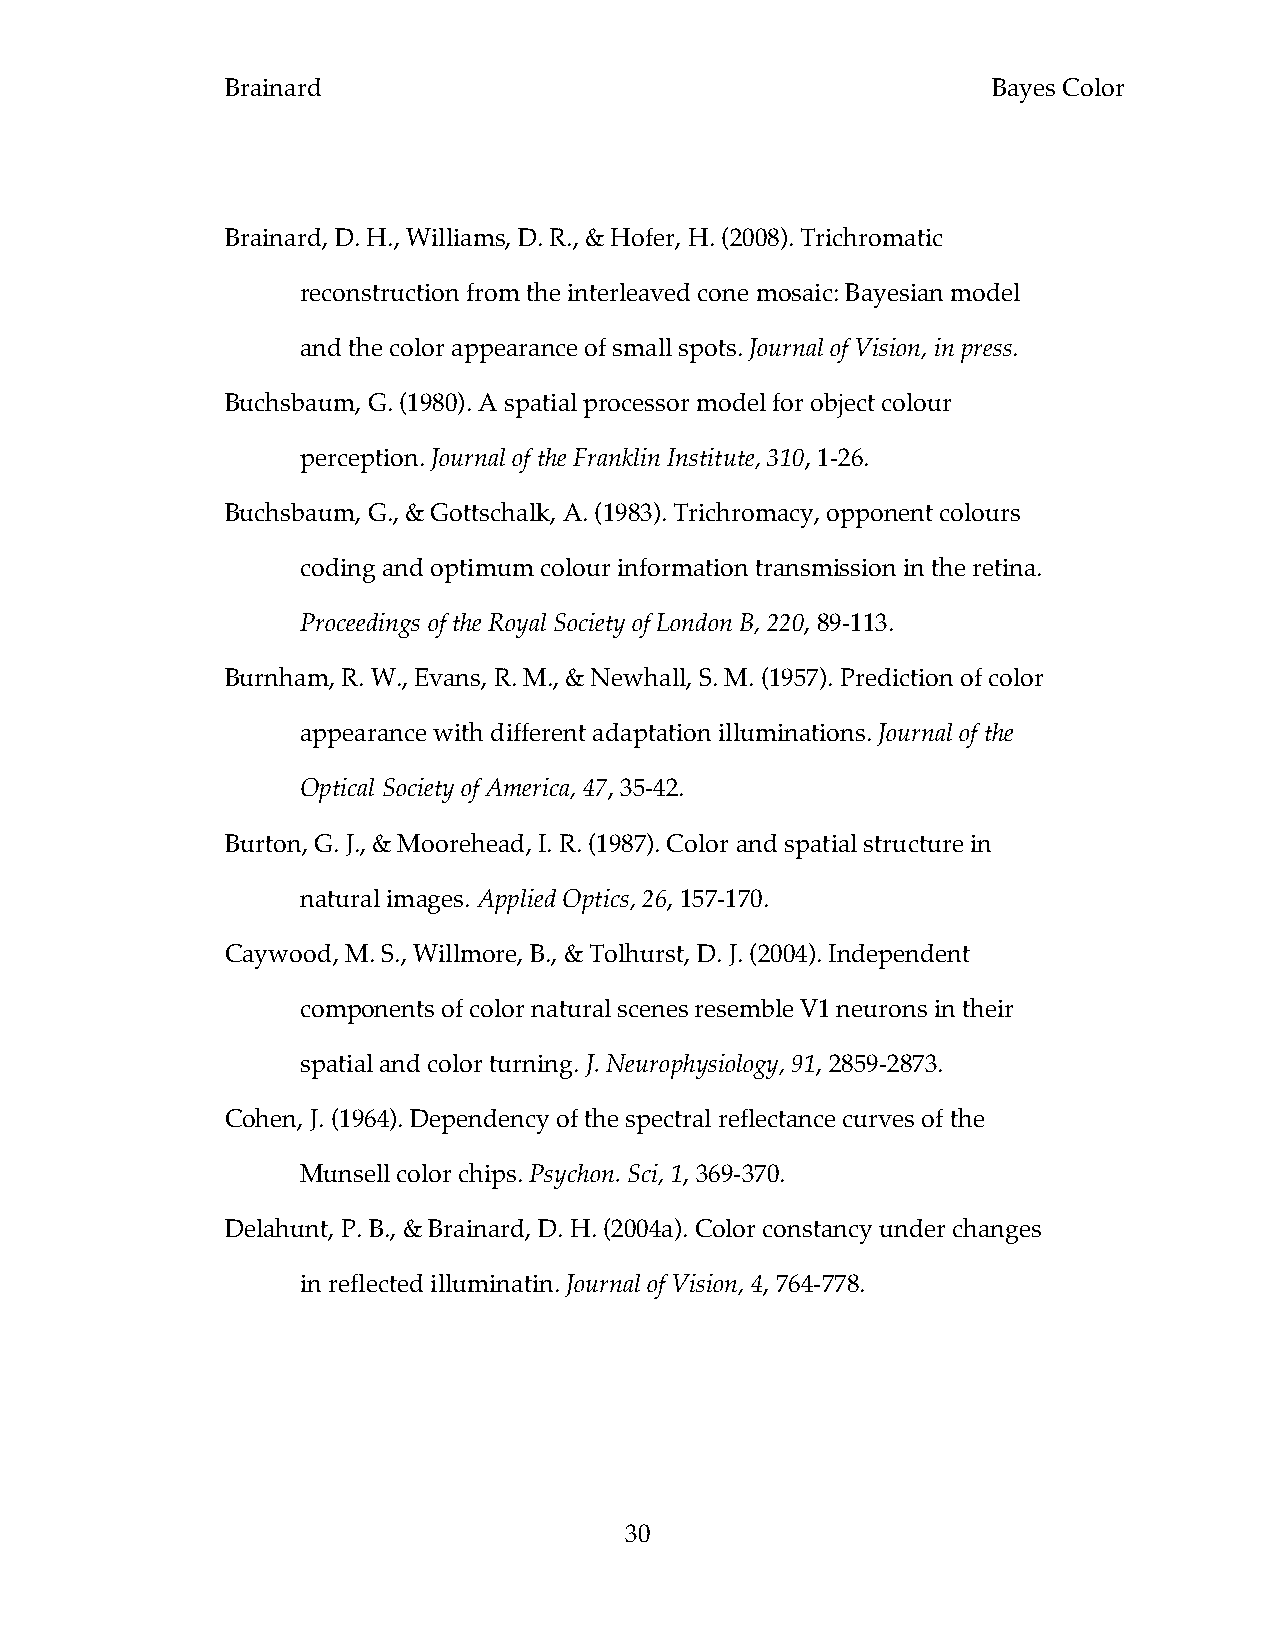
Brainard                                           Bayes Color
 Brainard, D. H., Williams, D. R., & Hofer, H. (2008). Trichromatic
 reconstruction from the interleaved cone mosaic: Bayesian model
 and the color appearance of small spots. Journal of Vision, in press.
 Buchsbaum, G. (1980). A spatial processor model for object colour
 perception. Journal of the Franklin Institute, 310, 1-26.
 Buchsbaum, G., & Gottschalk, A. (1983). Trichromacy, opponent colours
 coding and optimum colour information transmission in the retina.
 Proceedings of the Royal Society of London B, 220, 89-113.
 Burnham, R. W., Evans, R. M., & Newhall, S. M. (1957). Prediction of color
 appearance with different adaptation illuminations. Journal of the
 Optical Society of America, 47, 35-42.
 Burton, G. J., & Moorehead, I. R. (1987). Color and spatial structure in
 natural images. Applied Optics, 26, 157-170.
 Caywood, M. S., Willmore, B., & Tolhurst, D. J. (2004). Independent
 components of color natural scenes resemble V1 neurons in their
 spatial and color turning. J. Neurophysiology, 91, 2859-2873.
 Cohen, J. (1964). Dependency of the spectral reflectance curves of the
 Munsell color chips. Psychon. Sci, 1, 369-370.
 Delahunt, P. B., & Brainard, D. H. (2004a). Color constancy under changes
 in reflected illuminatin. Journal of Vision, 4, 764-778.
 30